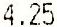
4.25